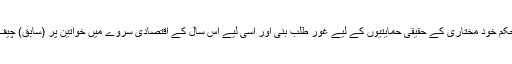
یہ رپورٹ ہندوستانی خواتین کی مستحکم خود مختاری کے حقیقی حمایتیوں کے لیے غور طلب بنی اور اسی لیے اس سال کے اقتصادی سروے میں خواتین پر (سابق) چیف معاشی مشیر نے خاص توجہ دلائی۔